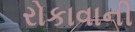
રોકાવાની